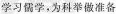
学习儒学，为科举做准备